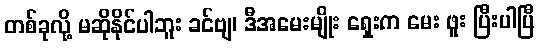
တစ်ခုလို့ မဆိုနိုင်ပါဘူး ခင်ဗျ၊ ဒီအမေးမျိုး ရှေးက မေး ဖူး ပြီးပါပြီ